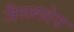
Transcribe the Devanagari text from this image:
जैसलदेव